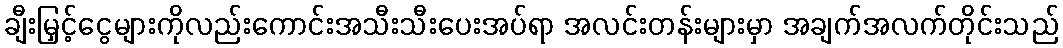
ချီးမြှင့်ငွေများကိုလည်းကောင်းအသီးသီးပေးအပ်ရာ အလင်းတန်းများမှာ အချက်အလက်တိုင်းသည်